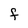
Character: F